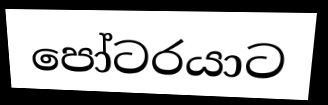
පෝටරයාට